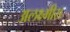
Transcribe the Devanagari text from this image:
अलक्ष्मीस